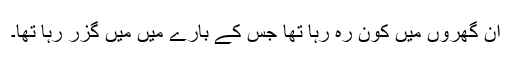
ان گھروں میں کون رہ رہا تھا جس کے بارے میں میں گزر رہا تھا۔